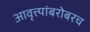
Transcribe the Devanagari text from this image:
आवृत्त्यांबरोबरच